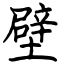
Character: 壁